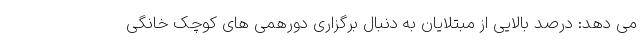
می دهد: درصد بالایی از مبتلایان به دنبال برگزاری دورهمی های کوچک خانگی